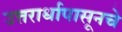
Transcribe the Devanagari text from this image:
उत्तरार्धापासूनचे